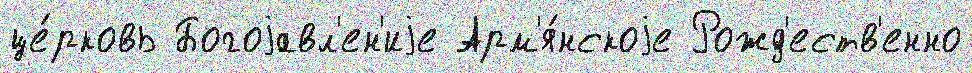
це́рковь Богоjавл'ен'иjе Арм'я́нскоjе Рожд'еств'енно